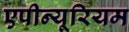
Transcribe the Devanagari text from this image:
एपीन्यूरियम